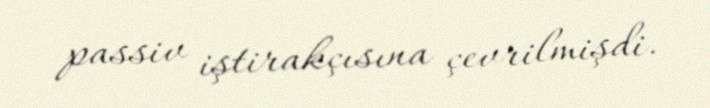
passiv iştirakçısına çevrilmişdi.